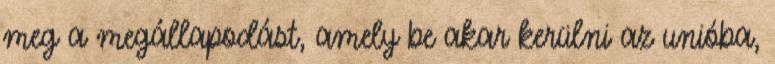
meg a megállapodást, amely be akar kerülni az unióba,